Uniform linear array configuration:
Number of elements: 16
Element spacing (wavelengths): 0.25
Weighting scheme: kaiser
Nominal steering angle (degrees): -30
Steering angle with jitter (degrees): -31.734
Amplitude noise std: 0.05
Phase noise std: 0.05

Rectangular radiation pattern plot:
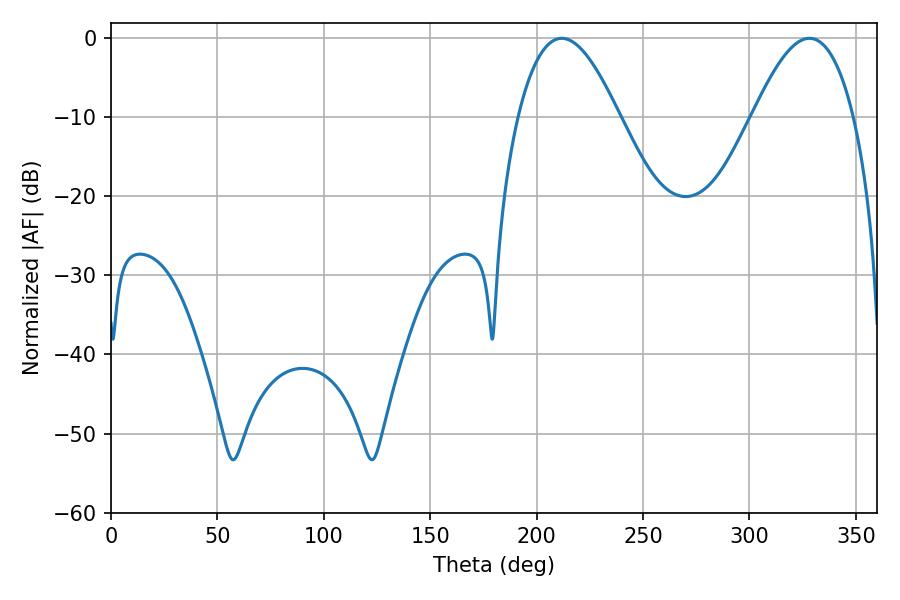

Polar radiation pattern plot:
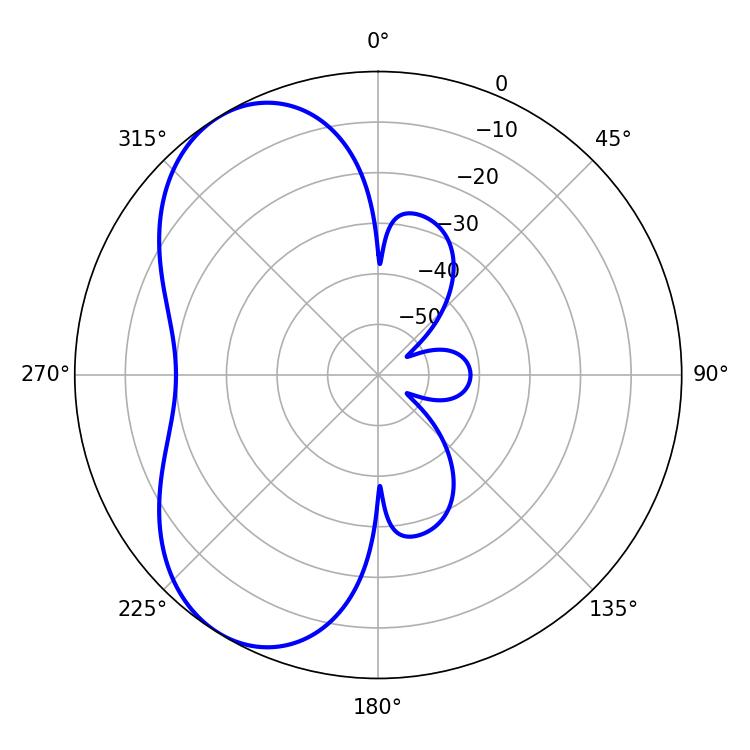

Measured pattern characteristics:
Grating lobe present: FALSE
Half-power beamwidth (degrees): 25.92
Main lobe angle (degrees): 328.14